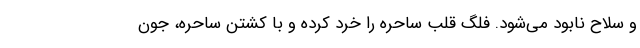
و سلاح نابود می‌شود. فلگ قلب ساحره را خرد کرده و با کشتن ساحره، جون